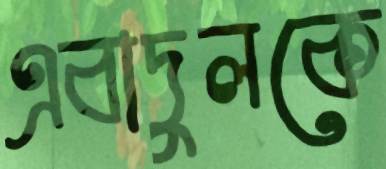
এবাদুলকে